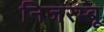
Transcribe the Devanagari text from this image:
निजरम्बू